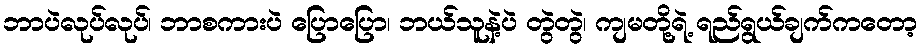
ဘာပဲလုပ်လုပ်၊ ဘာစကားပဲ ပြောပြော၊ ဘယ်သူနဲ့ပဲ တွဲတွဲ၊ ကျမတို့ရဲ့ ရည်ရွယ်ချက်ကတော့